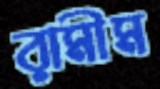
রামীম